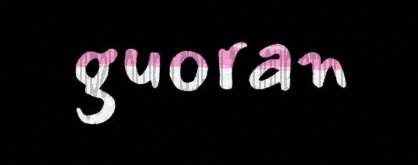
guoran